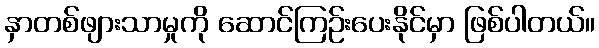
နှာတစ်ဖျားသာမှုကို ဆောင်ကြဉ်းပေးနိုင်မှာ ဖြစ်ပါတယ်။